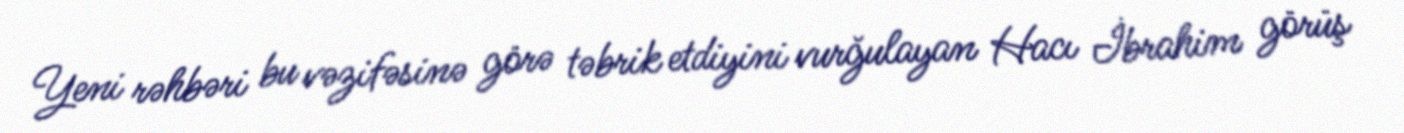
Yeni rəhbəri bu vəzifəsinə görə təbrik etdiyini vurğulayan Hacı İbrahim görüş